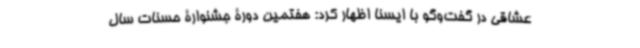
عشاقی در گفت‌وگو با ایسنا اظهار کرد: هفتمین دورۀ جشنوارۀ حسنات سال